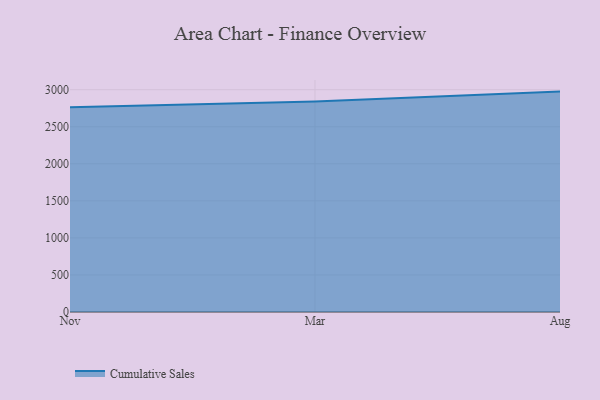
{"axis": {"x": "Month", "y": "Active Users"}, "legend": ["Cumulative Sales"], "data": [{"x": "Nov", "y": 2764.7, "type": "Cumulative Sales"}, {"x": "Mar", "y": 2841.9, "type": "Cumulative Sales"}, {"x": "Aug", "y": 2974.3, "type": "Cumulative Sales"}]}